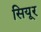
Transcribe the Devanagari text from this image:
सियूर